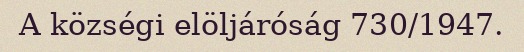
A községi elöljáróság 730/1947.